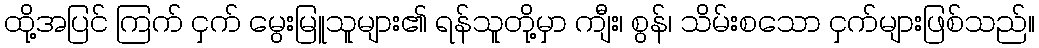
ထို့အပြင် ကြက် ငှက် မွေးမြူသူများ၏ ရန်သူတို့မှာ ကျီး၊ စွန်၊ သိမ်းစသော ငှက်များဖြစ်သည်။